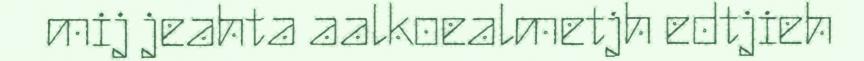
mij jeahta aalkoealmetjh edtjieh